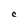
Character: C